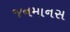
જનમાનસ